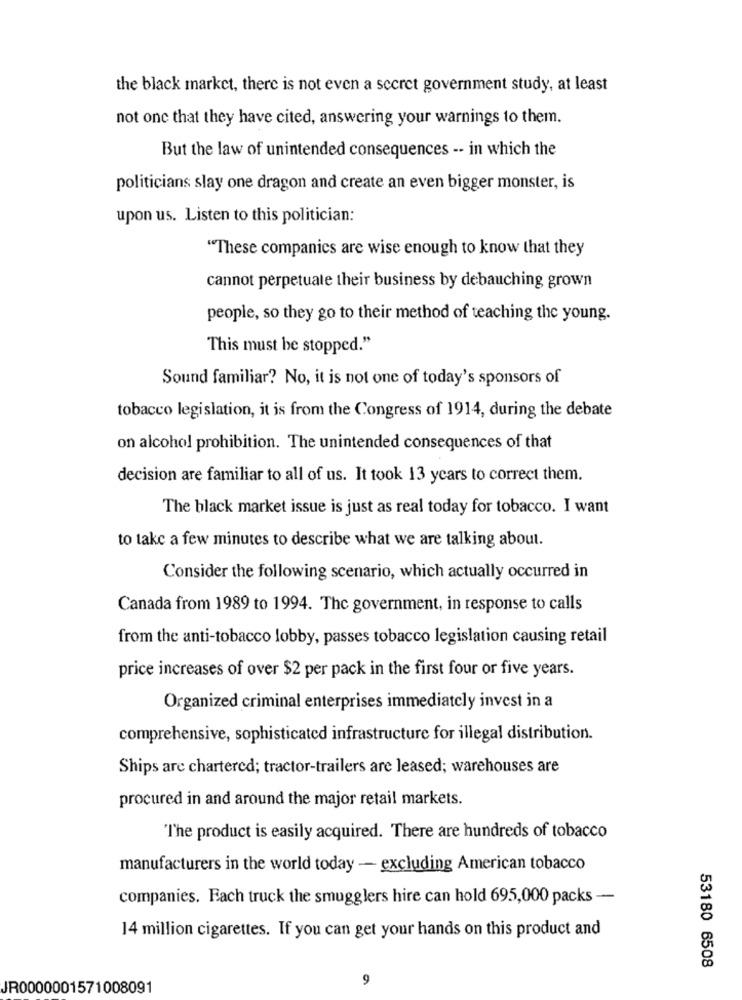
the black market, there is not even a secret government study, at least
not one that they have cited, answering your warnings to them.
But the law of unintended consequences -- in which the
politicians slay one dragon and create an even bigger monster, is
upon us. Listen to this politician:
"These companies are wise enough to know that they
cannot perpetuate their business by debauching grown
people, so they go to their method of teaching the young.
This must be stopped."
Sound familiar? No, it is not one of today's sponsors of
tobacco legislation, it is from the Congress of 1914, during the debate
on alcohol prohibition. The unintended consequences of that
decision are familiar to all of us. It took 13 years to correct them.
The black market issue is just as real today for tobacco. I want
to take a few minutes to describe what we are talking about.
Consider the following scenario, which actually occurred in
Canada from 1989 to 1994. The government, in response to calls
from the anti-tobacco lobby, passes tobacco legislation causing retail
price increases of over $2 per pack in the first four or five years.
Organized criminal enterprises immediately invest in a
comprehensive, sophisticated infrastructure for illegal distribution.
Ships are chartered; tractor-trailers are leased; warehouses are
procured in and around the major retail markets.
"The product is easily acquired. There are hundreds of tobacco
manufacturers in the world today - excluding American tobacco
companies. Each truck the smugglers hire can hold 695,000 packs -
14 million cigarettes. If you can get your hands on this product and
53180 6508
9
JR0000001571008091